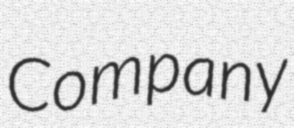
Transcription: Company